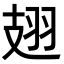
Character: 翅